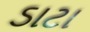
ડાટા